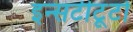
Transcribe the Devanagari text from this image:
इन्सटीटूटो